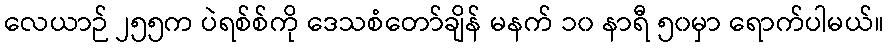
လေယာဉ် ၂၅၅က ပဲရစ်စ်ကို ဒေသစံတော်ချိန် မနက် ၁၀ နာရီ ၅၀မှာ ရောက်ပါမယ်။